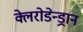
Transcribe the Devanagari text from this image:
क्लेरोडेन्ड्रान